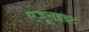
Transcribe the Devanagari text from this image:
एजूराइइट